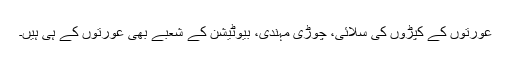
عورتوں کے کپڑوں کی سلائی، چوڑی مہندی، بیوٹیشن کے شعبے بھی عورتوں کے ہی ہیں۔